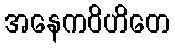
အနေကဝိဟိတေ